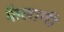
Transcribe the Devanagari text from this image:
फैलानी